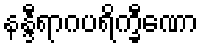
နန္ဒီရာဂပရိက္ခီဏော